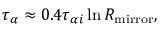
\tau _ { \alpha } \approx 0 . 4 \tau _ { \alpha i } \ln R _ { \mathrm { m i r r o r } } ,